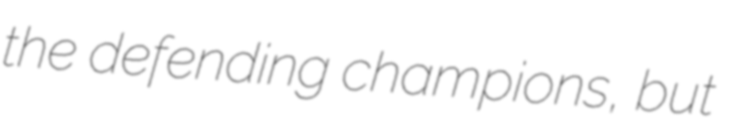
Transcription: the defending champions, but